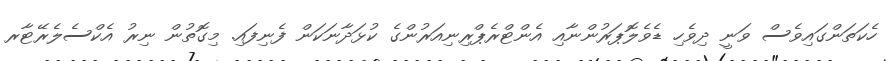
ހެކަތަންގައިވެސް ވަނީ ދިވެހި ޑެވެލޮޕަރުންނާއި އެންޓްރެޕްރިނިއަރުންގެ ކުޅަދާނަކަން ފެނިފައި. މިގޮތުން ނިރު އެކްސެލެރޭޓާރ